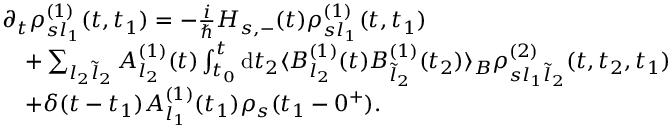
\begin{array} { r l } & { \partial _ { t } \rho _ { s l _ { 1 } } ^ { ( 1 ) } ( t , t _ { 1 } ) = - \frac { i } { \hbar } H _ { s , - } ( t ) \rho _ { s l _ { 1 } } ^ { ( 1 ) } ( t , t _ { 1 } ) } \\ & { \quad + \sum _ { l _ { 2 } \tilde { l } _ { 2 } } A _ { l _ { 2 } } ^ { ( 1 ) } ( t ) \int _ { t _ { 0 } } ^ { t } \mathrm { d } t _ { 2 } \langle B _ { l _ { 2 } } ^ { ( 1 ) } ( t ) B _ { \tilde { l } _ { 2 } } ^ { ( 1 ) } ( t _ { 2 } ) \rangle _ { B } \rho _ { s l _ { 1 } \tilde { l } _ { 2 } } ^ { ( 2 ) } ( t , t _ { 2 } , t _ { 1 } ) } \\ & { \quad + \delta ( t - t _ { 1 } ) A _ { l _ { 1 } } ^ { ( 1 ) } ( t _ { 1 } ) \rho _ { s } ( t _ { 1 } - 0 ^ { + } ) . } \end{array}